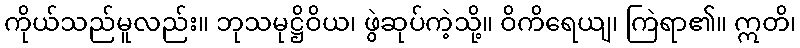
ကိုယ်သည်မူလည်း။ ဘုသမုဋ္ဌိဝိယ၊ ဖွဲဆုပ်ကဲ့သို့။ ဝိကိရေယျ၊ ကြဲရာ၏။ ဣတိ၊